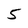
Character: 5